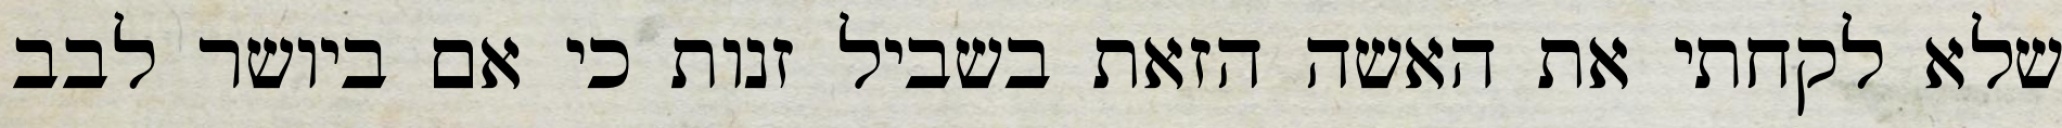
שלא לקחתי את האשה הזאת בשביל זנות כי אם ביושר לבב